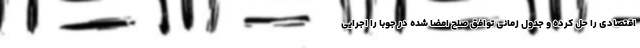
اقتصادی را حل کرده و جدول زمانی توافق صلح امضا شده در جوبا را اجرایی